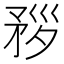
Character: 𥍧